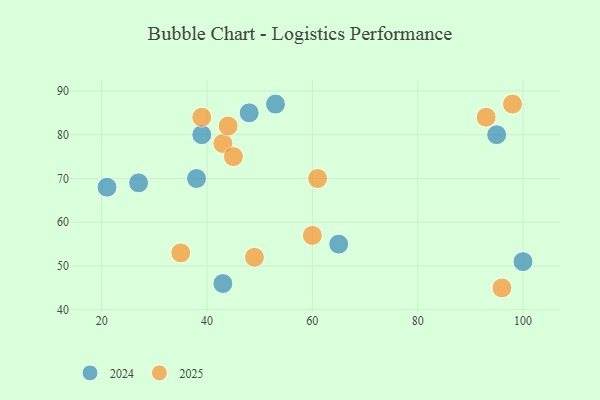
{"axis": {"x": "GDP", "y": "Life Expectancy"}, "legend": ["2024", "2025"], "data": [{"x": "43", "y": 78, "type": "2025"}, {"x": "60", "y": 57, "type": "2025"}, {"x": "98", "y": 87, "type": "2025"}, {"x": "96", "y": 45, "type": "2025"}, {"x": "44", "y": 82, "type": "2025"}, {"x": "39", "y": 84, "type": "2025"}, {"x": "49", "y": 52, "type": "2025"}, {"x": "45", "y": 75, "type": "2025"}, {"x": "61", "y": 70, "type": "2025"}, {"x": "93", "y": 84, "type": "2025"}, {"x": "35", "y": 53, "type": "2025"}, {"x": "100", "y": 51, "type": "2024"}, {"x": "95", "y": 80, "type": "2024"}, {"x": "53", "y": 87, "type": "2024"}, {"x": "38", "y": 70, "type": "2024"}, {"x": "43", "y": 46, "type": "2024"}, {"x": "48", "y": 85, "type": "2024"}, {"x": "21", "y": 68, "type": "2024"}, {"x": "65", "y": 55, "type": "2024"}, {"x": "39", "y": 80, "type": "2024"}, {"x": "27", "y": 69, "type": "2024"}]}